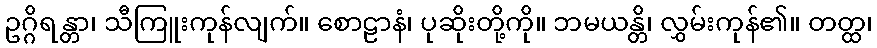
ဥဂ္ဂိရန္တာ၊ သီကြူးကုန်လျက်။ စောဠာနံ၊ ပုဆိုးတို့ကို။ ဘမယန္တိ၊ လွှမ်းကုန်၏။ တတ္ထ၊